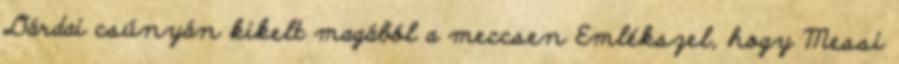
Dárdai csúnyán kikelt magából a meccsen Emlékszel, hogy Messi